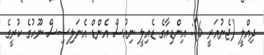
ދިއްލީ (ޖެނުއަރީ 6): އިންޑިއާގެ ޑެއިލީ ނިއުސް އެންޑް އެނަލިސިސް ނޫހުގެ ކުރީގެ